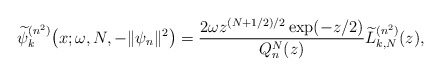
\begin{gather*} \widetilde{\psi }_{k}^{(n^{2})}\big(x;\omega ,N,- \Vert \psi _{n} \Vert ^{2}\big)=\frac{2\omega z^{(N+1/2) /2}\exp ( -z/2 ) }{Q_{n}^{N}(z)}\widetilde{L}_{k,N}^{(n^{2})} ( z ) ,\end{gather*}